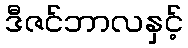
ဒီဇင်ဘာလနှင့်